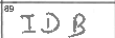
Transcription: IDB